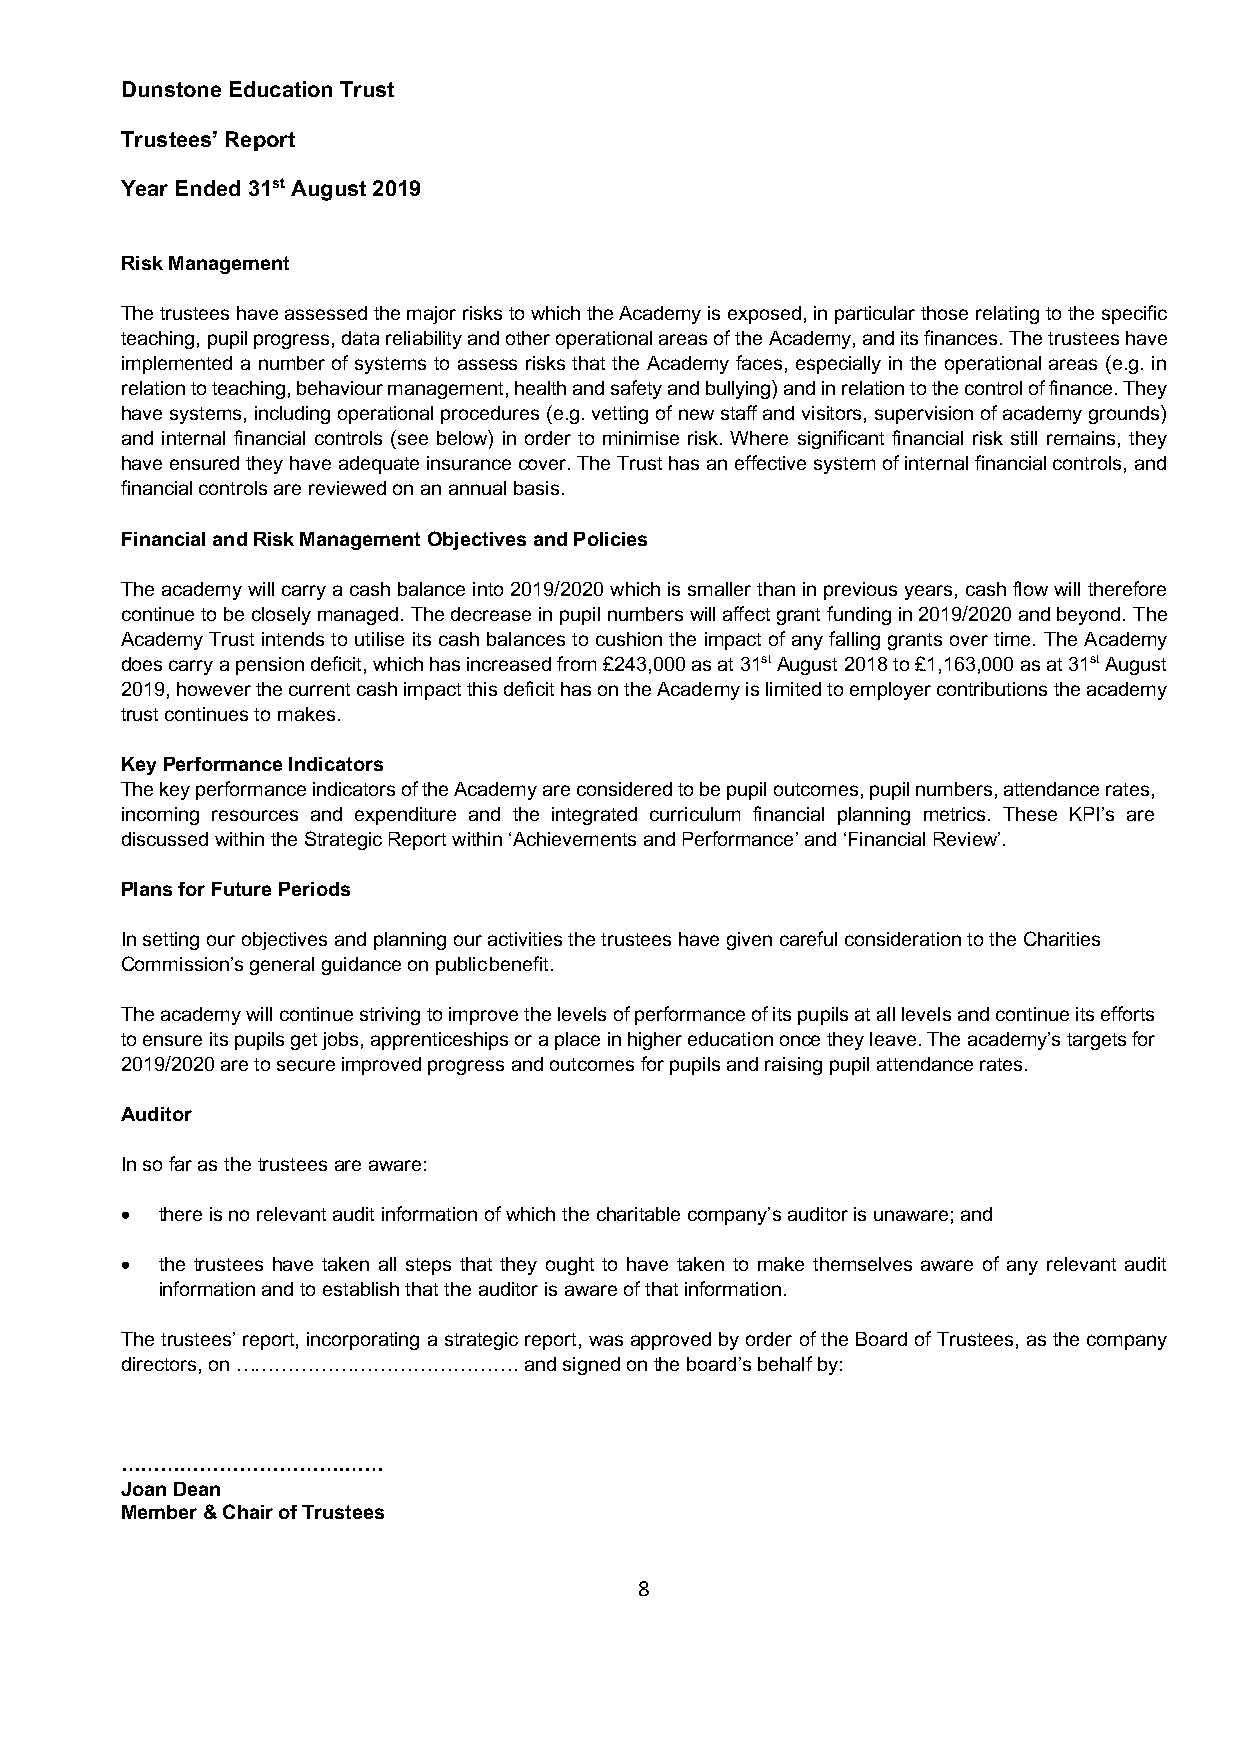
Dunstone Education Trust
 Trustees’ Report
 Year Ended 31st August 2019
 Risk Management
 The trustees have assessed the major risks to which the Academy is exposed, in particular those relating to the specific
 teaching, pupil progress, data reliability and other operational areas of the Academy, and its finances. The trustees have
 implemented a number of systems to assess risks that the Academy faces, especially in the operational areas (e.g. in
 relation to teaching, behaviour management, health and safety and bullying) and in relation to the control of finance. They
 have systems, including operational procedures (e.g. vetting of new staff and visitors, supervision of academy grounds)
 and internal financial controls (see below) in order to minimise risk. Where significant financial risk still remains, they
 have ensured they have adequate insurance cover. The Trust has an effective system of internal financial controls, and
 financial controls are reviewed on an annual basis.
 Financial and Risk Management Objectives and Policies
 The academy will carry a cash balance into 2019/2020 which is smaller than in previous years, cash flow will therefore
 continue to be closely managed. The decrease in pupil numbers will affect grant funding in 2019/2020 and beyond. The
 Academy Trust intends to utilise its cash balances to cushion the impact of any falling grants over time. The Academy
 does carry a pension deficit, which has increased from £243,000 as at 31st August 2018 to £1,163,000 as at 31st August
 2019, however the current cash impact this deficit has on the Academy is limited to employer contributions the academy
 trust continues to makes.
 Key Performance Indicators
 The key performance indicators of the Academy are considered to be pupil outcomes, pupil numbers, attendance rates,
 incoming resources and expenditure and the integrated curriculum financial planning metrics. These KPI’s are
 discussed within the Strategic Report within ‘Achievements and Performance’ and ‘Financial Review’.
 Plans for Future Periods
 In setting our objectives and planning our activities the trustees have given careful consideration to the Charities
 Commission’s general guidance on public benefit.
 The academy will continue striving to improve the levels of performance of its pupils at all levels and continue its efforts
 to ensure its pupils get jobs, apprenticeships or a place in higher education once they leave. The academy’s targets for
 2019/2020 are to secure improved progress and outcomes for pupils and raising pupil attendance rates.
 Auditor
 In so far as the trustees are aware:
 • there is no relevant audit information of which the charitable company’s auditor is unaware; and
 • the trustees have taken all steps that they ought to have taken to make themselves aware of any relevant audit
 information and to establish that the auditor is aware of that information.
 The trustees’ report, incorporating a strategic report, was approved by order of the Board of Trustees, as the company
 directors, on ……………………………………. and signed on the board’s behalf by:
 …………………………….……
 Joan Dean
 Member & Chair of Trustees
 8